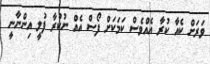
ވަރަށް ކެއާ ކުރާ އެއްވެސް ކަމަކަށް ފޯސް އެއް ނުކުރާ ފުލީ އިންނާނީ